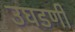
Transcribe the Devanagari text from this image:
उघडणी